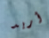
أريد